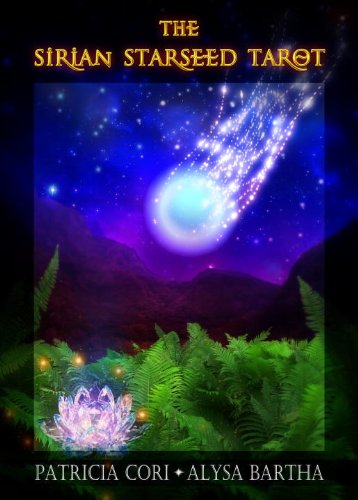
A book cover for The Sirian Starseed Tarot; Patricia Cori; Religion & Spirituality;